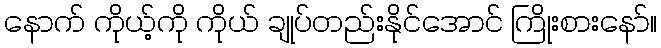
နောက် ကိုယ့်ကို ကိုယ် ချုပ်တည်းနိုင်အောင် ကြိုးစားနော်။